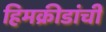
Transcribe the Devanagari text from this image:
हिमक्रीडांची